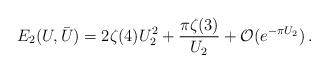
LaTeX: \begin{align*}E_2(U,\bar U)=2\zeta (4)U_2^2 + \frac{\pi\zeta (3)}{U_2} +\mathcal{O}(e^{-\pi U_2})\,.\end{align*}